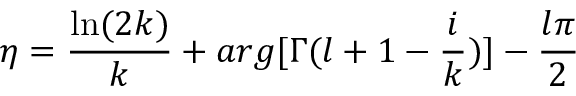
\eta = \frac { \ln ( 2 k ) } { k } + a r g [ \Gamma ( l + 1 - \frac { i } { k } ) ] - \frac { l \pi } { 2 }